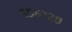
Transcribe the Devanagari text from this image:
५५६७२०